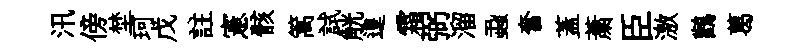
汛傍埜珂戊註憲骸篙試觥遑霜弼溜蝨奮蓋䔥臣激鸛葛